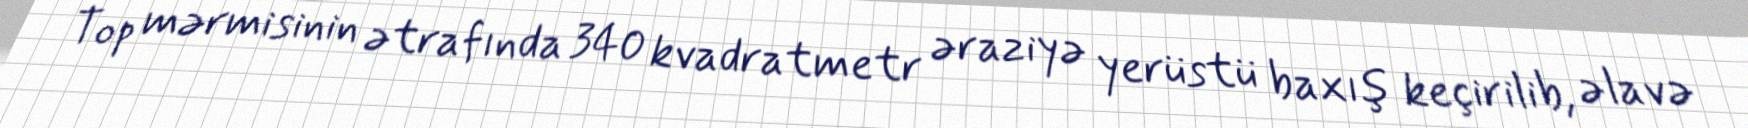
Top mərmisinin ətrafında 340 kvadratmetr əraziyə yerüstü baxış keçirilib, əlavə